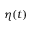
\eta ( t )